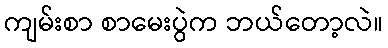
ကျမ်းစာ စာမေးပွဲက ဘယ်တော့လဲ။